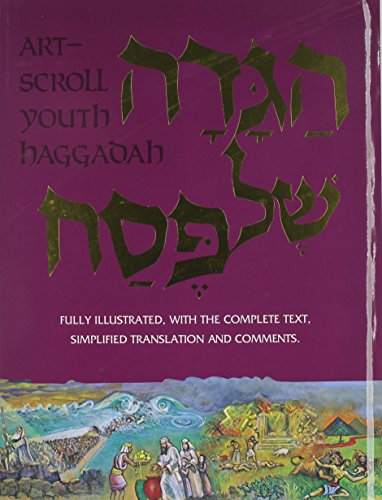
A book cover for The Artscroll Youth Haggadah (ArtScroll mesorah series); Nosson Scherman; Religion & Spirituality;